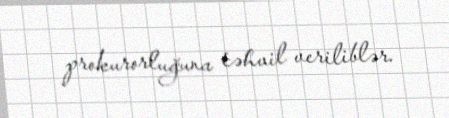
prokurorluğuna təhvil veriliblər.